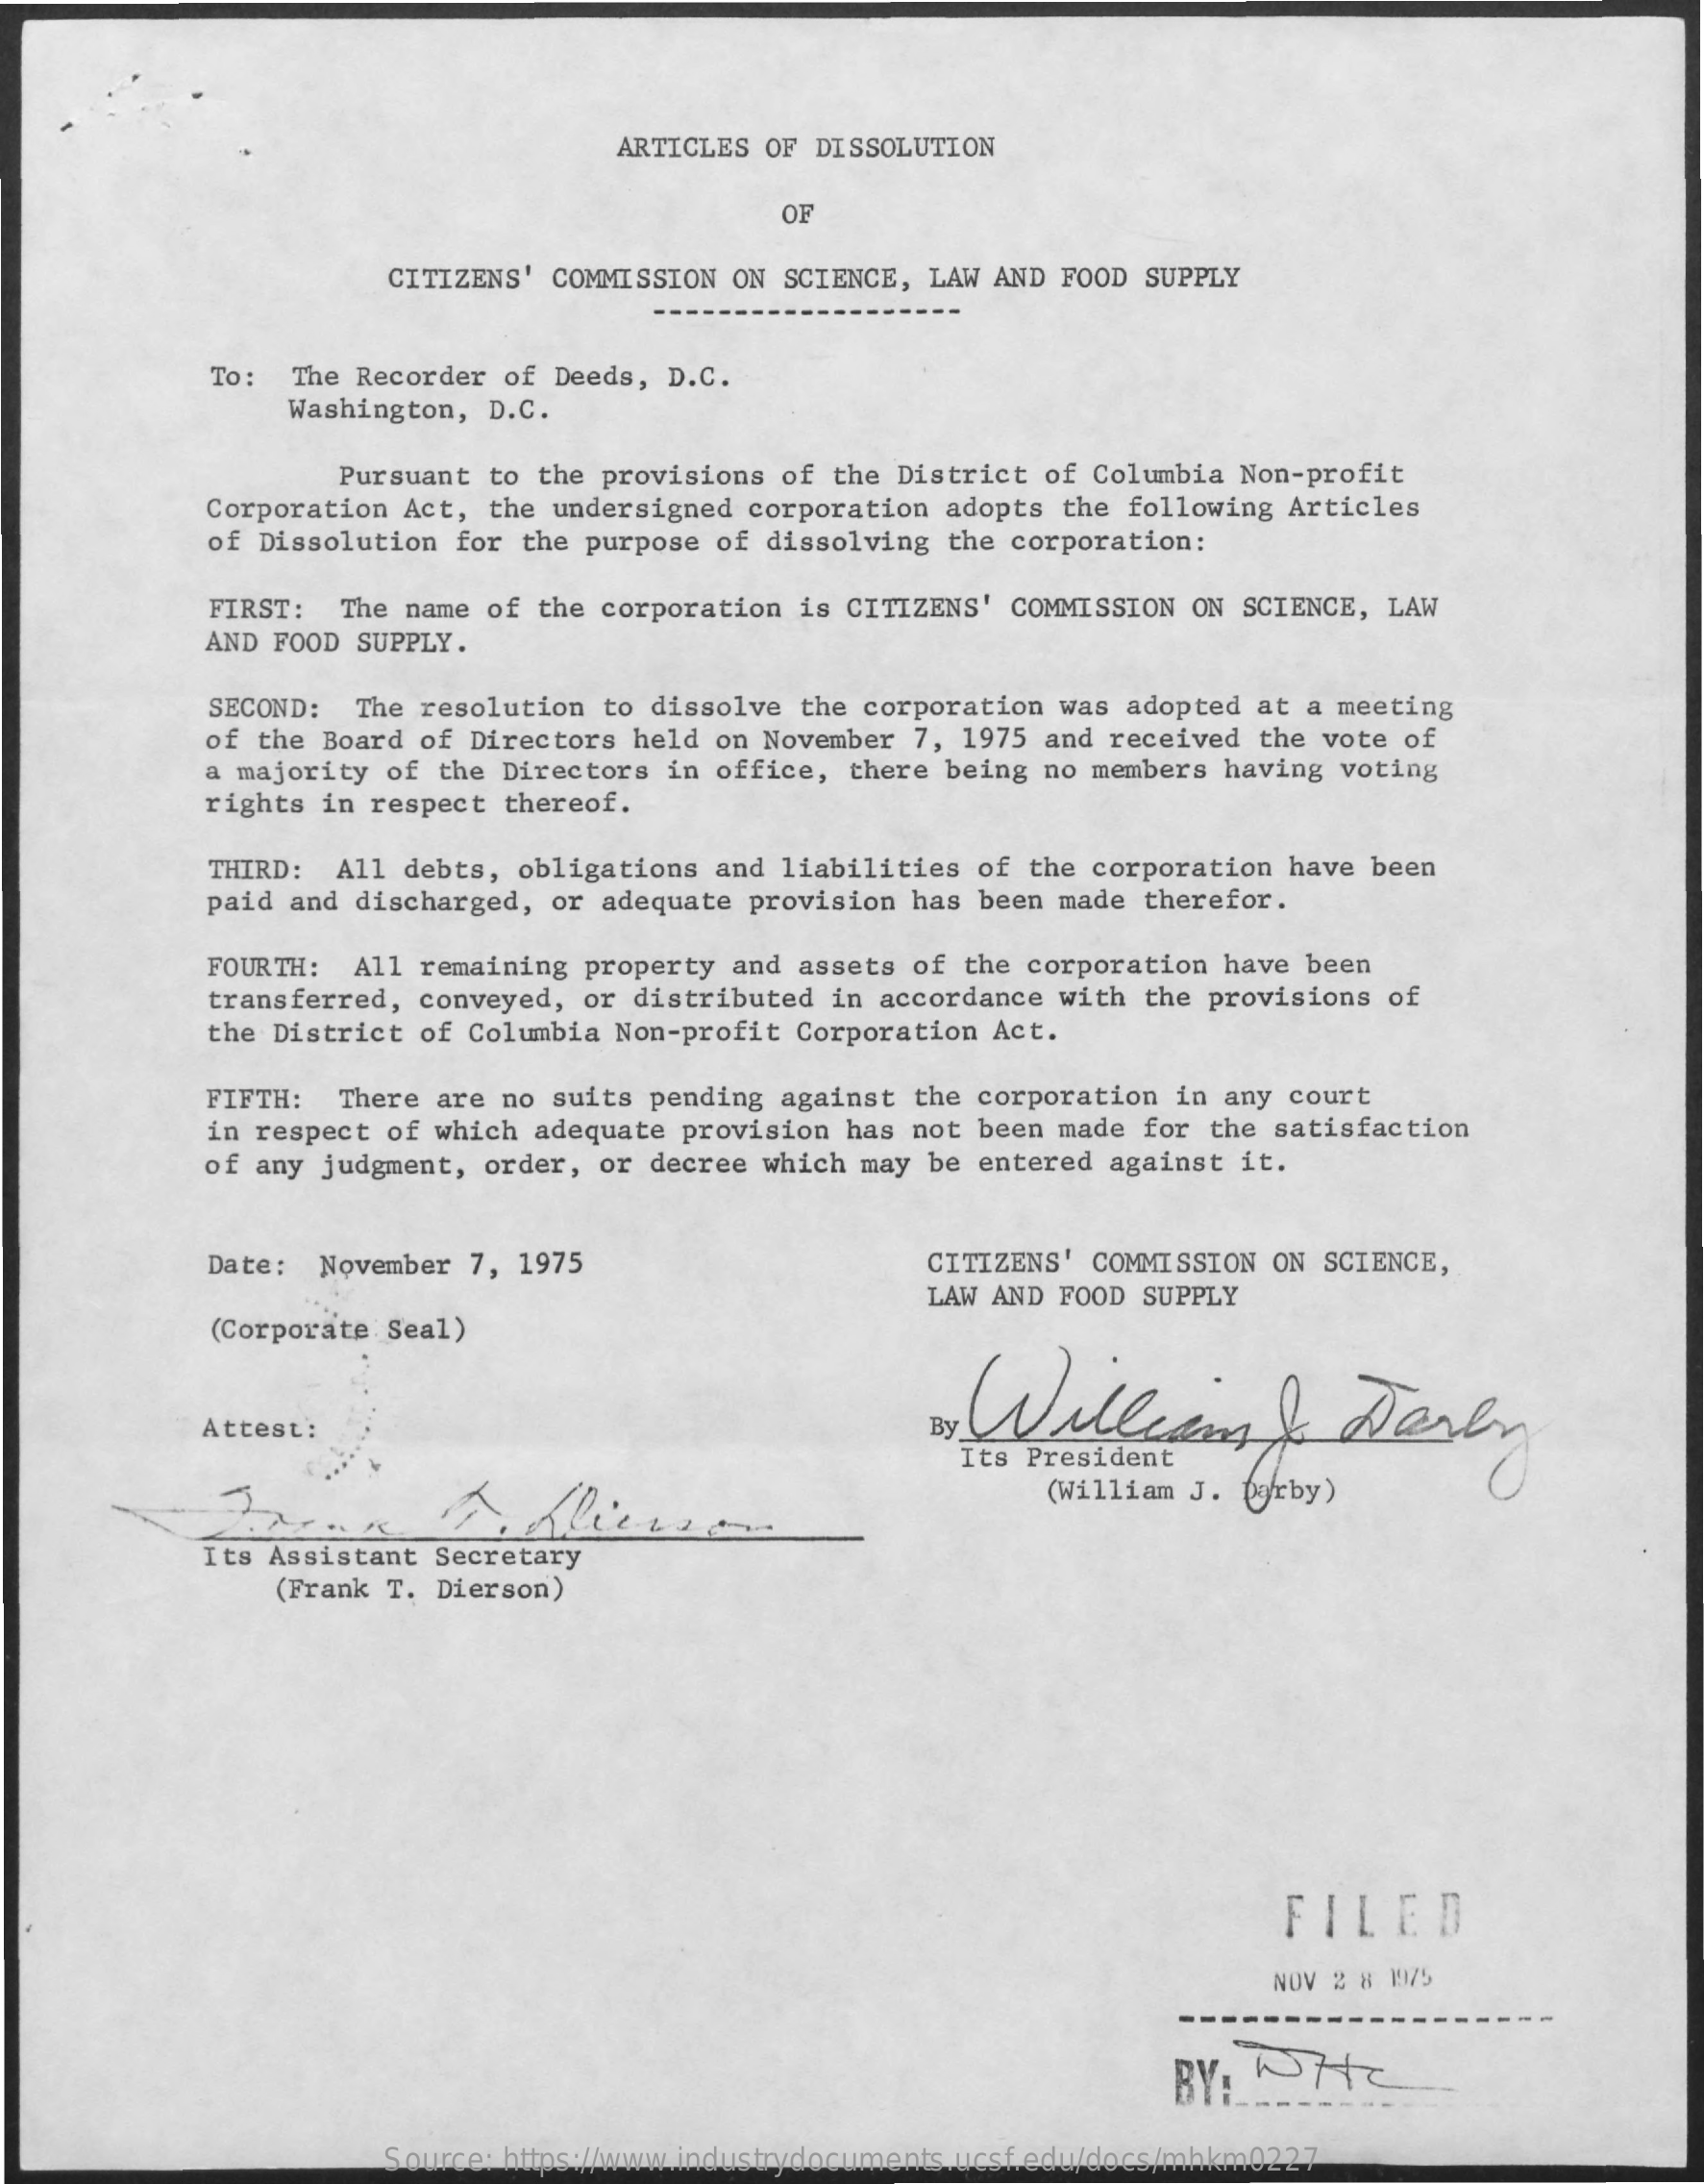
ARTICLES OF DISSOLUTION
     OF
     CITIZENS' COMMISSION ON SCIENCE, LAW AND FOOD SUPPLY
     To: The Recorder of Deeds, D.C.
     Washington, D.C.
     Pursuant to the provisions of the District of Columbia Non-profit
     Corporation Act, the undersigned corporation adopts the following Articles
     of Dissolution for the purpose of dissolving the corporation:
     FIRST: The name of the corporation is CITIZENS' COMMISSION ON SCIENCE, LAW
     AND FOOD SUPPLY.
     SECOND: The resolution to dissolve the corporation was adopted at a meeting
     of the Board of Directors held on November 7, 1975 and received the vote of
     a majority of the Directors in office, there being no members having voting
     rights in respect thereof.
     THIRD: All debts, obligations and liabilities of the corporation have been
     paid and discharged, or adequate provision has been made therefor.
     FOURTH: All remaining property and assets of the corporation have been
     transferred, conveyed, or distributed in accordance with the provisions of
     the District of Columbia Non-profit Corporation Act.
     FIFTH: There are no suits pending against the corporation in any court
     in respect of which adequate provision has not been made for the satisfaction
     of any judgment, order, or decree which may be entered against it.
     Date: November 7, 1975    CITIZENS' COMMISSION ON SCIENCE,
     LAW AND FOOD SUPPLY
     (Corporate Seal)
     Willians&    Derby Attest:
     Its President
     (William J. (orby)
     Its Assistant Secretary
     (Frank T. Dierson)
     FILED
     NOV 2 8 1175
     BY: WHY
     --------
     Source: https://www.industrydocuments.ucsf.edu/docs/mhkm0227